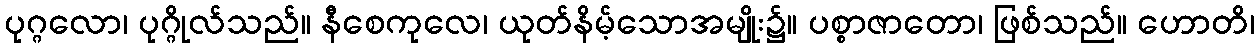
ပုဂ္ဂလော၊ ပုဂ္ဂိုလ်သည်။ နီစေကုလေ၊ ယုတ်နိမ့်သောအမျိုး၌။ ပစ္စာဇာတော၊ ဖြစ်သည်။ ဟောတိ၊